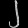
Digit: ၂